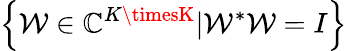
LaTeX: \left\{ \mathcal{W}\in\mathbb{{C}}^{K\timesK}\vert\mathcal{W}^{*}\mathcal{W}=I\right\}